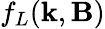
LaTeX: f_{L}(\textbf{k},\textbf{B})